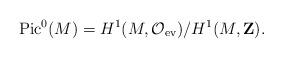
LaTeX: \begin{align*}{\rm Pic}^0(M) = H^1(M,{\cal O}_{\rm ev})/H^1(M,{\bf Z}). \end{align*}